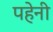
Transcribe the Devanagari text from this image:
पहेनी